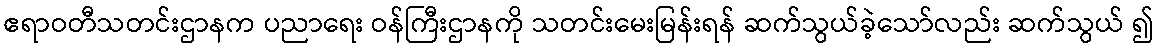
ဧရာဝတီသတင်းဌာနက ပညာရေး ဝန်ကြီးဌာနကို သတင်းမေးမြန်းရန် ဆက်သွယ်ခဲ့သော်လည်း ဆက်သွယ် ၍